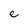
Character: e